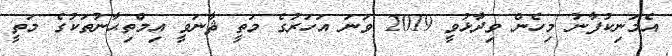
އެމަނިކުފާނު މިހެން ވިދާޅުވީ 2019 ވަނަ އަހަރުގެ މަތީ ޘާނަވީ އިމްތިޙާނުތަކުގެ މަތީ